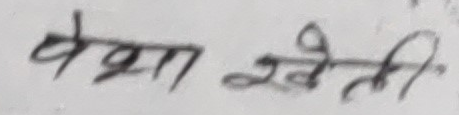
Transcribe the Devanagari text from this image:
बेहाल खेती